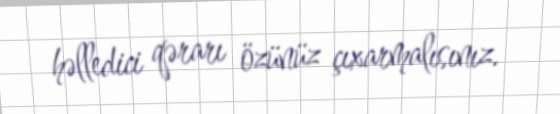
həlledici qərarı özünüz çıxarmalısınız.